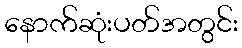
နောက်ဆုံးပတ်အတွင်း